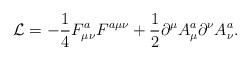
LaTeX: \begin{align*}{\cal L} = -{1\over 4} F^a_{\mu \nu} F^{a\mu \nu}+{1\over 2} \partial^{\mu}A_{\mu}^{a} \partial^{\nu}A_{\nu}^{a} .\end{align*}